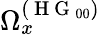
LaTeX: \Omega_{x}^{(\mathrm{~H~G~}_{00})}